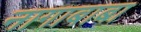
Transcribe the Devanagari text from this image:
नागाबाबा